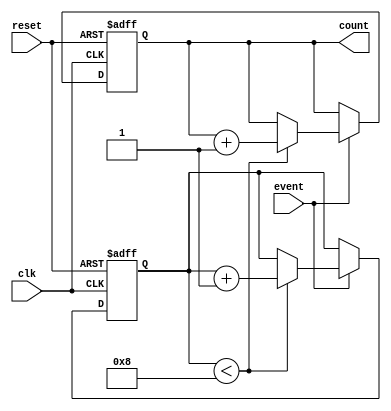
module windowed_counter #(
    parameter WINDOW_SIZE = 8,     // Configurable window size
    parameter COUNT_WIDTH = $clog2(WINDOW_SIZE) // Width of the count output
)(
    input wire clk,                 // Clock signal
    input wire reset,               // Reset signal (active high)
    input wire event,               // Event signal
    output reg [COUNT_WIDTH-1:0] count // Current count value
);

    reg [COUNT_WIDTH-1:0] event_buffer [0:WINDOW_SIZE-1]; // Buffer to hold events
    reg [COUNT_WIDTH-1:0] event_count; // Current count of events
    reg [COUNT_WIDTH-1:0] oldest_index; // Index of the oldest event

    integer i;

    initial begin
        count = 0;
        event_count = 0;
        oldest_index = 0;
        for (i = 0; i < WINDOW_SIZE; i = i + 1) begin
            event_buffer[i] = 0; // Initialize event buffer
        end
    end

    always @(posedge clk or posedge reset) begin
        if (reset) begin
            // Reset the counter and buffer
            count <= 0;
            event_count <= 0;
            oldest_index <= 0;
            for (i = 0; i < WINDOW_SIZE; i = i + 1) begin
                event_buffer[i] <= 0; // Clear buffer
            end
        end else if (event) begin
            if (event_count < WINDOW_SIZE) begin
                // Increment count if window is not full
                count <= count + 1;
                event_buffer[event_count] <= 1; // Mark event occurrence
                event_count <= event_count + 1; // Increment event count
            end else begin
                // Window is full, remove oldest event
                count <= count; // Keep count the same
                event_buffer[oldest_index] <= 0; // Remove the oldest event
                event_buffer[event_count] <= 1; // Add the new event
                oldest_index <= (oldest_index + 1) % WINDOW_SIZE; // Update oldest index
            end
        end
    end

endmodule